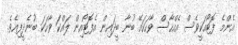
އެންމެ ފޮޓޯއަކީވެސް އެއްހާސް ވާހަކައޭ ބުނާ ބީދައިން އެފޮޓޯއިން ލައްކަ ވާހަކަ ބުނެދީފިއެވެ.